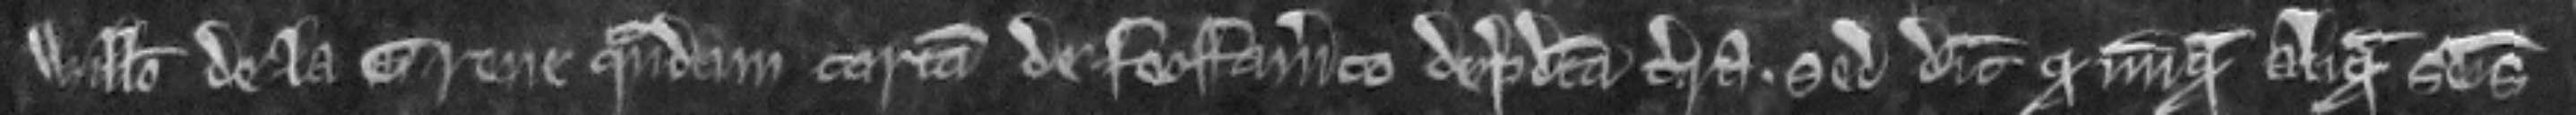
Willelmo de la Grene quandam cartam de feoffamento de predicta terra. sed dicit quod nunquam aliquam seisinam